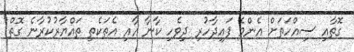
ގޮތާއި ސިއްހަތަށް އެންމެ ފައިދާހުރި ދިވެހި ކާނާ އާއި އެތަކެތި ތައްޔާރުކުރާނެ ގޮތް